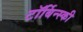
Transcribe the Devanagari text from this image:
टॉर्बिन्स्की